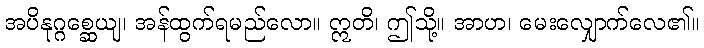
အပိနုဂ္ဂစ္ဆေယျ၊ အန်ထွက်ရမည်လော။ ဣတိ၊ ဤသို့။ အာဟ၊ မေးလျှောက်လေ၏။